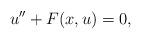
LaTeX: \begin{align*}u'' + F(x,u) = 0,\end{align*}